Reports on dispensaries and lunatic asylums in the Province of Oudh - 1869-1876
Year: 1869
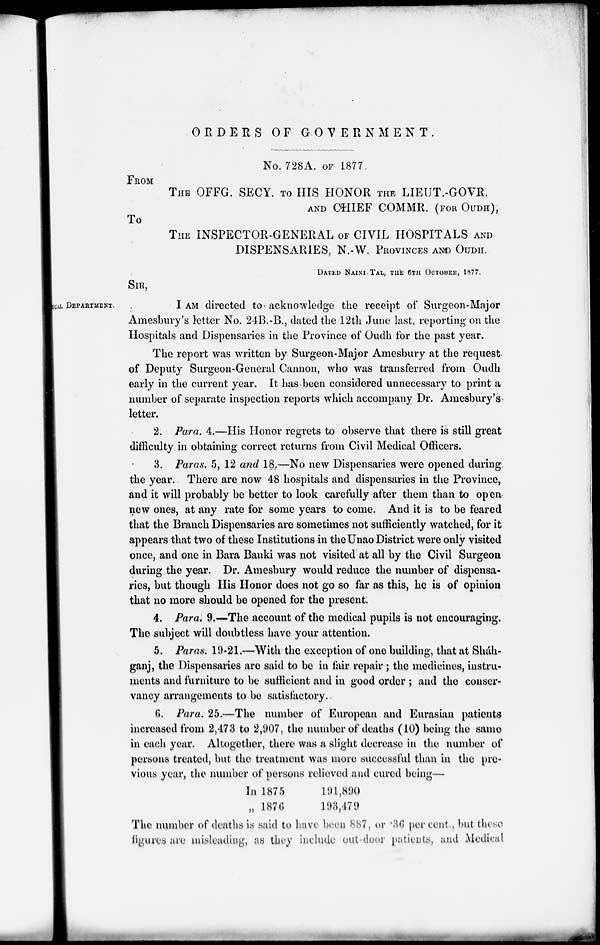
ORDERS OF GOVERNMENT
No. 728A. OF 1877
FROM
THE OFFG. SECY, TO HIS HONOR THE LIEUT.-GOVR.
AND CHIEF COMMR. (FOR OUDH),
To
THE INSPECTOR-GENERAL OF CIVIL HOSPITALS AND
DISPENSARIES, N.-W. PROVINCES AND OUDH.
DATED NAINI TAL, THE 6TH OCTOBER, 1877.
SIR,
SURGICAL DEPARTMENT.
I AM directed to acknowledge the receipt of Surgeon-Major
Amesbury's letter No. 24B.-B., dated the 12th June last, reporting on the
Hospitals and Dispensaries in the Province of Oudh for the past year.
The report was written by Surgeon-Major Amesbury at the request.
of Deputy Surgeon-General Cannon, who was transferred from Oudh
early in the current year. It has been considered unnecessary to print a
number of separate inspection reports which accompany Dr. Amesbury's
letter.
2. Para. 4.—His Honor regrets to observe that there is still great
difficulty in obtaining correct returns from Civil Medical Officers.
3. Paras. 5, 12 and 18.—No new Dispensaries were opened during
the year. There are now 48 hospitals and dispensaries in the Province,
and it will probably be better to look carefully after them than to open
new ones, at any rate for some years to come. And it is to be feared
that the Branch Dispensaries are sometimes not sufficiently watched, for it
appears that two of these Institutions in the Unao District were only visited
once, and one in Bara Banki was not visited at all by the Civil Surgeon
during the year. Dr. Amesbury would reduce the number of dispensa-
ries, but though His Honor does not go so far as this, he is of opinion
that no more should be opened for the present.
4. Para. 9.—The account of the medical pupils is not encouraging.
The subject will doubtless have your attention.
5. Paras. 19-21.—With the exception of one building, that at Sháh-
ganj, the Dispensaries are said to be in fair repair ; the medicines, instru-
ments and furniture to be sufficient and in good order ; and the conser-
vancy arrangements to be satisfactory.
6. Para. 25.—The number of European and Eurasian patients
increased from 2,473 to 2,907, the number of deaths (10) being the same
in each year. Altogether, there was a slight decrease in the number of
persons treated, but the treatment was more successful than in the pre-
vious year, the number of persons relieved and cured being—
In 1875
„ 1876
191,890
193,479
The number of deaths is said to have been 887, or .36 per cent., but these
figures are misleading, as they include out door patients, and Medical